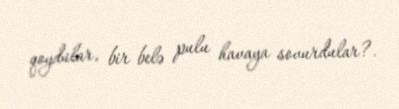
qoydular, bir belə pulu havaya sovurdular?.